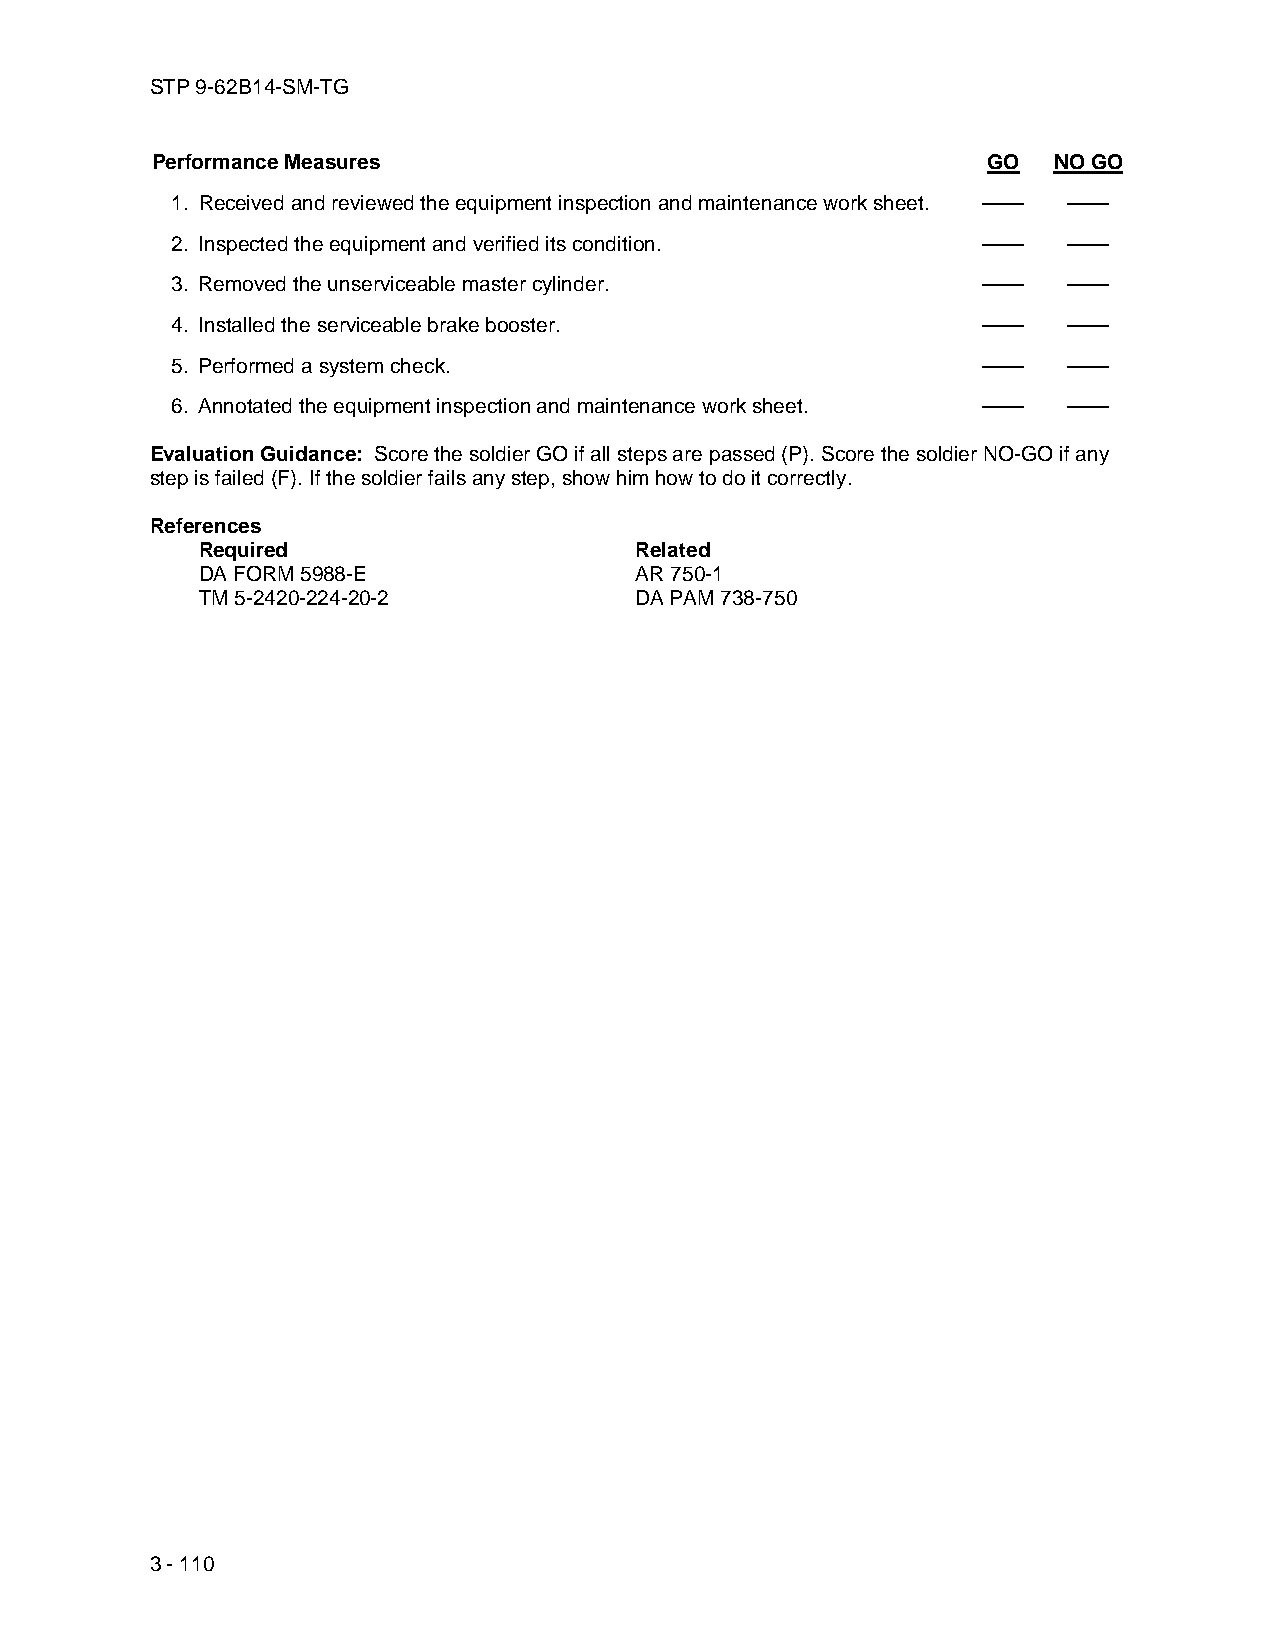
STP 9-62B14-SM-TG
 Performance Measures                                   GO   NO GO
 1. Received and reviewed the equipment inspection and maintenance work sheet. —— ——
 2. Inspected the equipment and verified its condition. ——   ——
 3. Removed the unserviceable master cylinder.         ——    ——
 4. Installed the serviceable brake booster.           ——    ——
 5. Performed a system check.                          ——    ——
 6. Annotated the equipment inspection and maintenance work sheet. —— ——
 Evaluation Guidance: Score the soldier GO if all steps are passed (P). Score the soldier NO-GO if any
 step is failed (F). If the soldier fails any step, show him how to do it correctly.
 References
 Required                     Related
 DA FORM 5988-E               AR 750-1
 TM 5-2420-224-20-2           DA PAM 738-750
 3 - 110